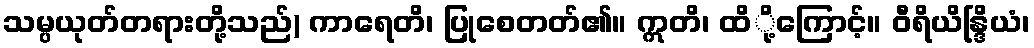
သမ္ပယုတ်တရားတို့သည်) ကာရေတိ၊ ပြုစေတတ်၏။ ဣတိ၊ ထိို့ကြောင့်။ ဝီရိယိန္ဒြိယံ၊